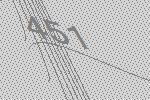
451